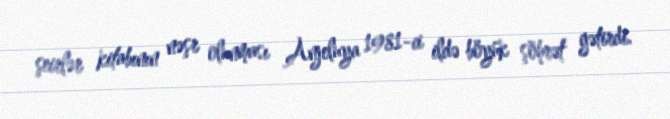
şeirlər kitabının nəşr olunması Anjeluya 1981-ci ildə böyük şöhrət gətirdi.